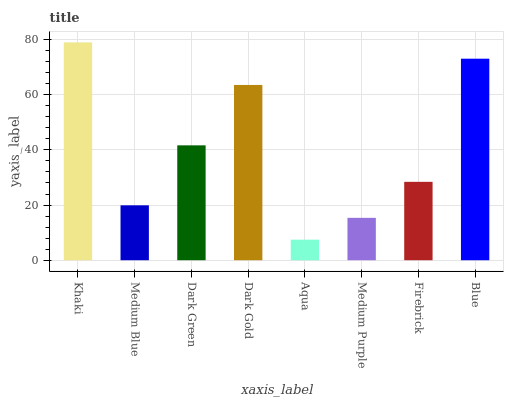
| xaxis_label | bars |
 | --- | --- |
 | Khaki | 79 |
 | Medium Blue | 19.9 |
 | Dark Green | 41.6 |
 | Dark Gold | 63.5 |
 | Aqua | 7.45 |
 | Medium Purple | 15.4 |
 | Firebrick | 28.4 |
 | Blue | 73.1 |